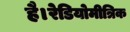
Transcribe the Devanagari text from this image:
है।रेडियोमीत्रिक